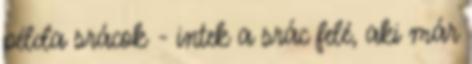
példa srácok - intek a srác felé, aki már